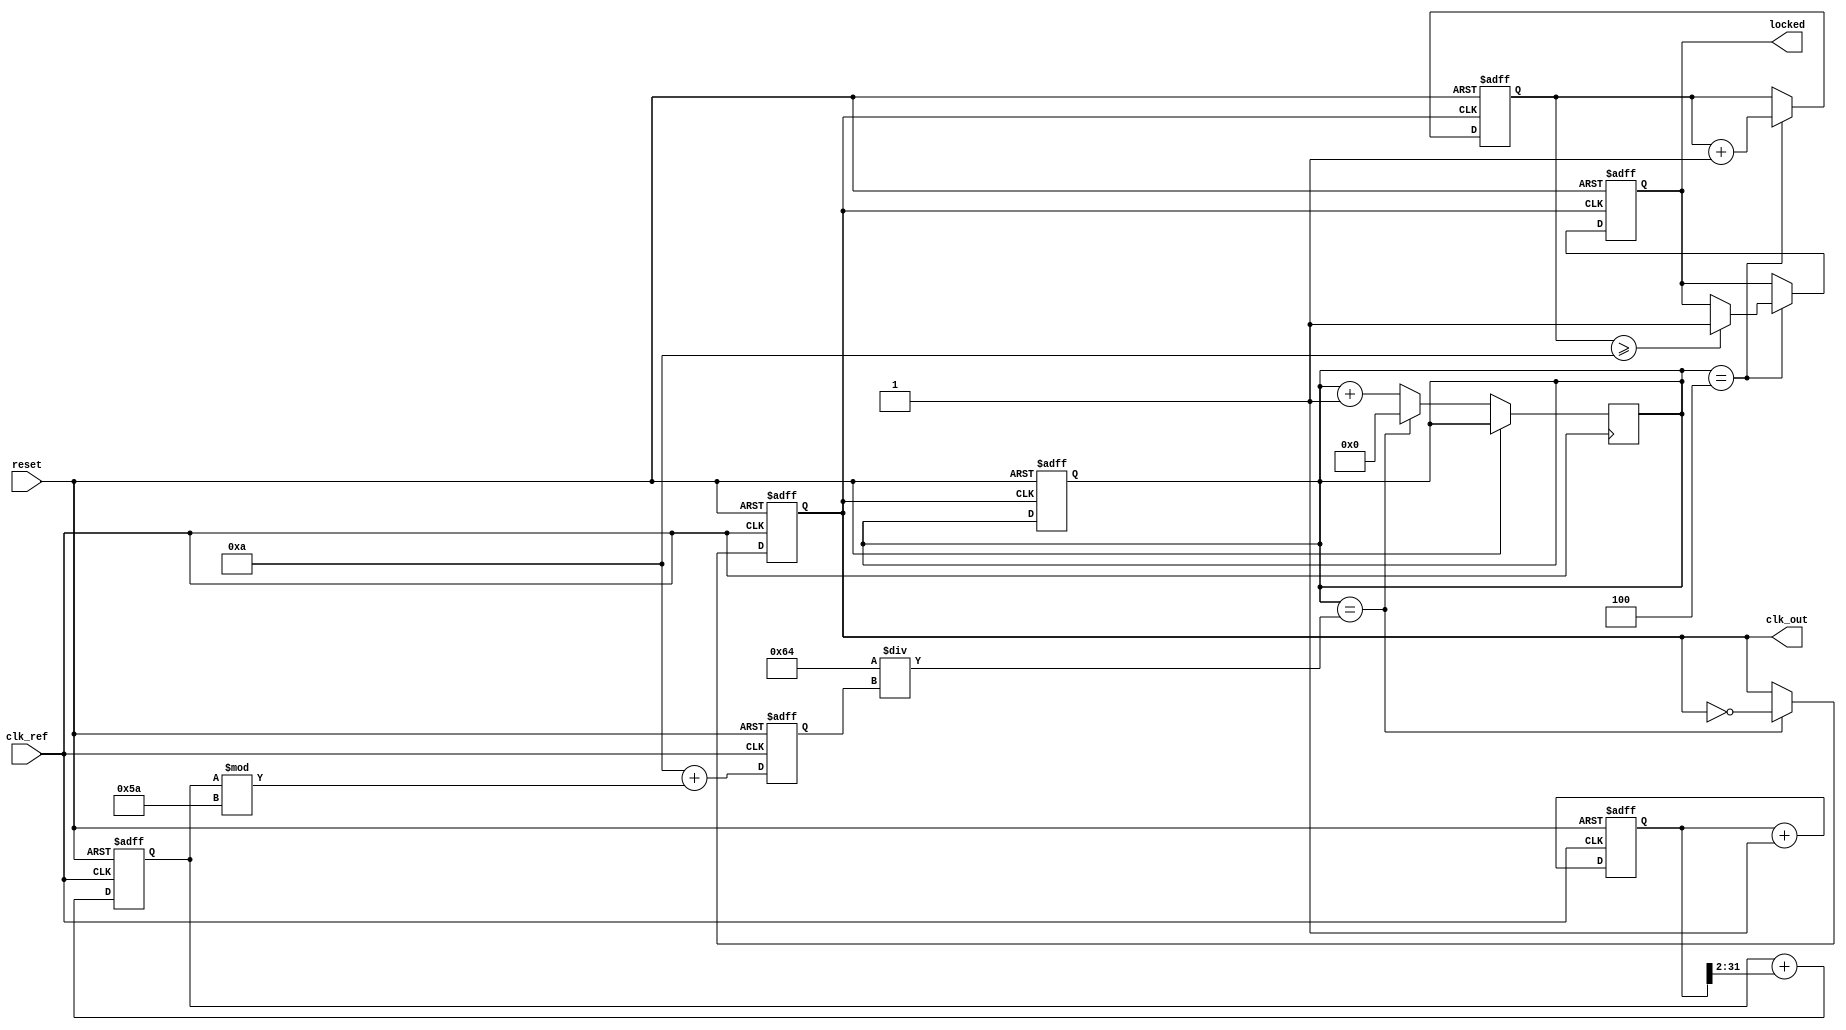
module pll_type2 (
    input wire clk_ref,         // Reference clock input
    input wire reset,          // Reset signal
    output reg clk_out,        // Output clock
    output reg locked          // Lock status
);

    // Parameters for the PLL
    parameter integer DIV_FACTOR = 4; // Frequency divider factor
    parameter integer VCO_MAX_FREQ = 100; // Max frequency for VCO
    parameter integer VCO_MIN_FREQ = 10;  // Min frequency for VCO

    // Internal signals
    reg [31:0] phase_error;      // Phase error signal
    reg [31:0] control_voltage;   // Control voltage for VCO
    reg [31:0] vco_freq;          // Current VCO frequency
    reg [31:0] feedback_counter;   // Feedback counter for frequency division
    reg [31:0] lock_counter;       // Counter to determine lock status

    // Phase Detector (PD)
    always @(posedge clk_ref or posedge reset) begin
        if (reset) begin
            phase_error <= 0;
        end else begin
            // Simple phase error detection logic
            // This is a placeholder for actual phase comparison logic
            phase_error <= phase_error + 1; // Increment phase error
        end
    end

    // Loop Filter (LF)
    always @(posedge clk_ref or posedge reset) begin
        if (reset) begin
            control_voltage <= 0;
        end else begin
            // Simple first-order filter
            control_voltage <= control_voltage + (phase_error >> 2); // Low-pass filter
        end
    end

    // Voltage-Controlled Oscillator (VCO)
    always @(posedge clk_ref or posedge reset) begin
        if (reset) begin
            vco_freq <= VCO_MIN_FREQ;
            clk_out <= 0;
        end else begin
            // Adjust VCO frequency based on control voltage
            vco_freq <= VCO_MIN_FREQ + (control_voltage % (VCO_MAX_FREQ - VCO_MIN_FREQ));
            // Generate output clock based on VCO frequency
            if (feedback_counter == (VCO_MAX_FREQ / vco_freq)) begin
                clk_out <= ~clk_out; // Toggle output clock
                feedback_counter <= 0;
            end else begin
                feedback_counter <= feedback_counter + 1;
            end
        end
    end

    // Feedback Path
    always @(posedge clk_out or posedge reset) begin
        if (reset) begin
            feedback_counter <= 0;
            locked <= 0;
            lock_counter <= 0;
        end else begin
            // Feedback logic for locking
            if (feedback_counter == DIV_FACTOR) begin
                lock_counter <= lock_counter + 1;
                if (lock_counter >= 10) begin // Lock threshold
                    locked <= 1;
                end
            end
        end
    end

endmodule